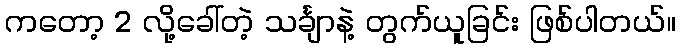
ကတော့ 2 လို့ခေါ်တဲ့ သင်္ချာနဲ့ တွက်ယူခြင်း ဖြစ်ပါတယ်။